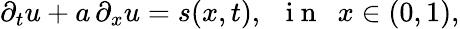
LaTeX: \begin{array}{r}{\partial_{t}u+a\, \partial_{x}u=s(x,t),\, \, \, \mathrm{~i~n~}\, \, \, x\in(0,1),}\end{array}